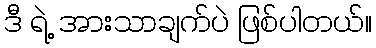
ဒီ ရဲ့ အားသာချက်ပဲ ဖြစ်ပါတယ်။